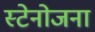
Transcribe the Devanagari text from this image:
स्टेनोजना